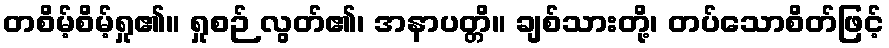
တစိမ့်စိမ့်ရှု၏။ ရှုစဉ် လွတ်၏၊ အနာပတ္တိ။ ချစ်သားတို့၊ တပ်သောစိတ်ဖြင့်